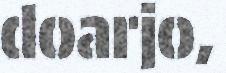
doarjo,